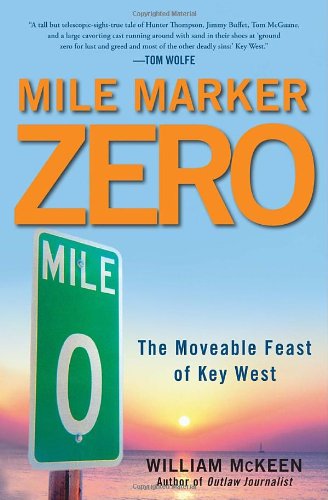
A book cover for Mile Marker Zero: The Moveable Feast of Key West; William McKeen; Travel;